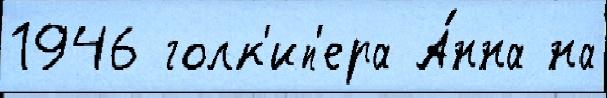
1946 голк'ип'ера А́нна на